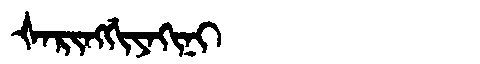
Manchu: ᡧᠠᡵᡳᠩᡤᡳᠶᠠᡴᡳᠨᡳ
Romanization: ŠARINGGIYAKINI